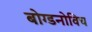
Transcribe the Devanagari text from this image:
बोग्डनोविच